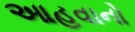
આહવાનો